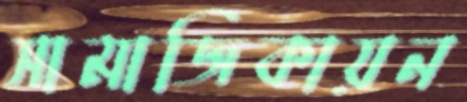
সামাজিকায়ন